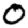
Digit: 0